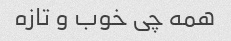
همه چی خوب و تازه